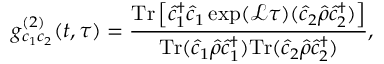
g _ { c _ { 1 } c _ { 2 } } ^ { ( 2 ) } ( t , \tau ) = \frac { \mathrm { T r } \left[ \hat { c } _ { 1 } ^ { \dagger } \hat { c } _ { 1 } \exp ( \mathcal { L } \tau ) ( \hat { c } _ { 2 } \hat { \rho } \hat { c } _ { 2 } ^ { \dagger } ) \right] } { \mathrm { T r } ( \hat { c } _ { 1 } \hat { \rho } \hat { c } _ { 1 } ^ { \dagger } ) \mathrm { T r } ( \hat { c } _ { 2 } \hat { \rho } \hat { c } _ { 2 } ^ { \dagger } ) } ,